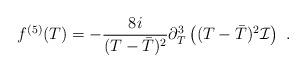
LaTeX: \begin{align*}f^{(5)}(T) = -\frac{8i}{(T- \bar{T})^{2}} \partial_{T}^{3} \left( (T-\bar{T})^{2} {\cal I} \right)\ .\end{align*}